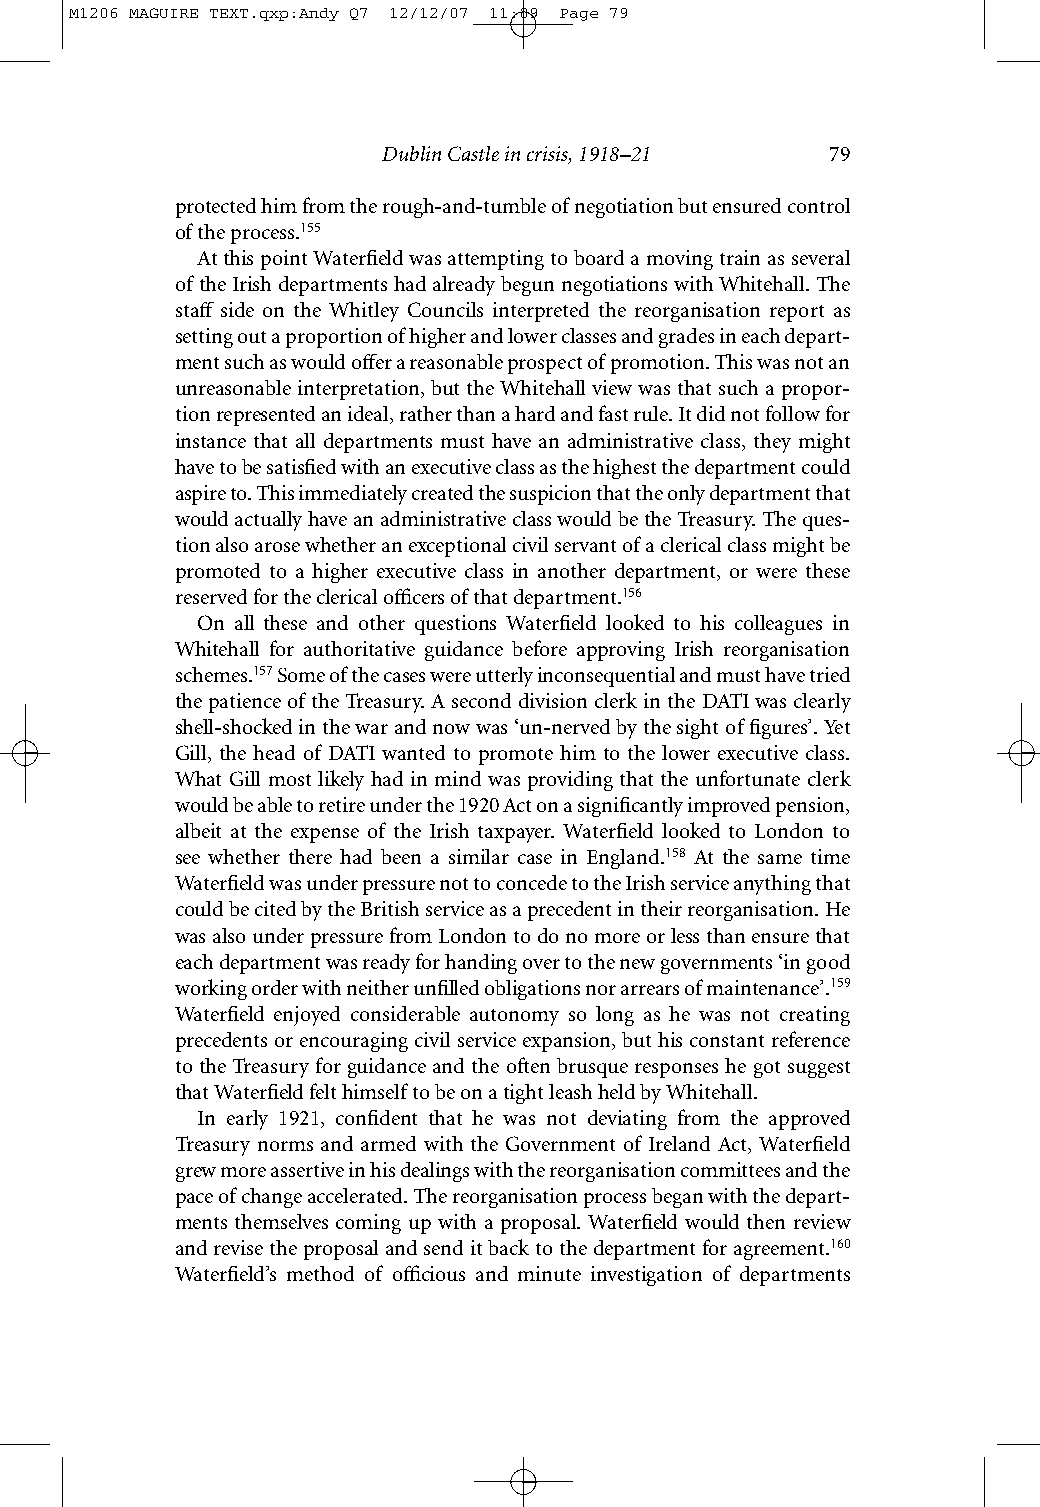
M1206 MAGUIRE TEXT.qxp:Andy Q7 12/12/07 11:09 Page 79
 Dublin Castle in crisis, 1918–21 79
 protected him from the rough-and-tumble of negotiation but ensured control
 of the process.155
 At this point Waterfield was attempting to board a moving train as several
 of the Irish departments had already begun negotiations with Whitehall. The
 staff side on the Whitley Councils interpreted the reorganisation report as
 setting out a proportion of higher and lower classes and grades in each depart-
 ment such as would offer a reasonable prospect of promotion. This was not an
 unreasonable interpretation, but the Whitehall view was that such a propor-
 tion represented an ideal, rather than a hard and fast rule. It did not follow for
 instance that all departments must have an administrative class, they might
 have to be satisfied with an executive class as the highest the department could
 aspire to. This immediately created the suspicion that the only department that
 would actually have an administrative class would be the Treasury. The ques-
 tion also arose whether an exceptional civil servant of a clerical class might be
 promoted to a higher executive class in another department, or were these
 reserved for the clerical officers of that department.156
 On all these and other questions Waterfield looked to his colleagues in
 Whitehall for authoritative guidance before approving Irish reorganisation
 schemes.157Some of the cases were utterly inconsequential and must have tried
 the patience of the Treasury. A second division clerk in the DATI was clearly
 shell-shocked in the war and now was ‘un-nerved by the sight of figures’. Yet
 Gill, the head of DATI wanted to promote him to the lower executive class.
 What Gill most likely had in mind was providing that the unfortunate clerk
 would be able to retire under the 1920 Act on a significantly improved pension,
 albeit at the expense of the Irish taxpayer. Waterfield looked to London to
 see whether there had been a similar case in England.158 At the same time
 Waterfield was under pressure not to concede to the Irish service anything that
 could be cited by the British service as a precedent in their reorganisation. He
 was also under pressure from London to do no more or less than ensure that
 each department was ready for handing over to the new governments ‘in good
 working order with neither unfilled obligations nor arrears of maintenance’.159
 Waterfield enjoyed considerable autonomy so long as he was not creating
 precedents or encouraging civil service expansion, but his constant reference
 to the Treasury for guidance and the often brusque responses he got suggest
 that Waterfield felt himself to be on a tight leash held by Whitehall.
 In early 1921, confident that he was not deviating from the approved
 Treasury norms and armed with the Government of Ireland Act, Waterfield
 grew more assertive in his dealings with the reorganisation committees and the
 pace of change accelerated. The reorganisation process began with the depart-
 ments themselves coming up with a proposal. Waterfield would then review
 and revise the proposal and send it back to the department for agreement.160
 Waterfield’s method of officious and minute investigation of departments